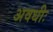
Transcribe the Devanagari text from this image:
अवधीः